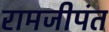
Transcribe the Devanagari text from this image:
रामजीपंत